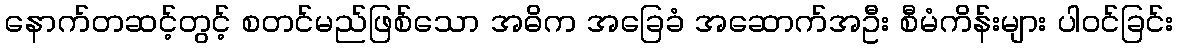
နောက်တဆင့်တွင့် စတင်မည်ဖြစ်သော အဓိက အခြေခံ အဆောက်အဦး စီမံကိန်းများ ပါဝင်ခြင်း